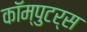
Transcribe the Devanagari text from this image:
कॉम्पुटर्स